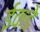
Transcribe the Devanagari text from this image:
ईकडे